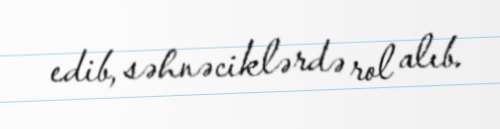
edib, səhnəciklərdə rol alıb.